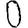
Digit: 0